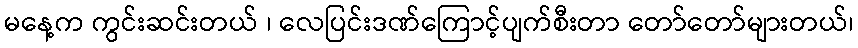
မနေ့က ကွင်းဆင်းတယ် ၊ လေပြင်းဒဏ်ကြောင့်ပျက်စီးတာ တော်တော်များတယ်၊